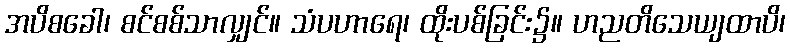
အပိစခေါ၊ စင်စစ်သာလျှင်။ သံပဟာရေ၊ ထိုးပစ်ခြင်း၌။ ဟညတိသေယျထာပိ၊